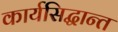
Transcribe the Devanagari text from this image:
कार्यसिद्धान्त